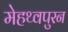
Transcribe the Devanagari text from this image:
मेहथ्वपुरन